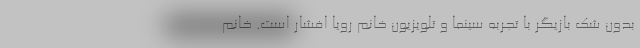
بدون شک بازیگر با تجربه سینما و تلویزیون خانم رویا افشار است. خانم